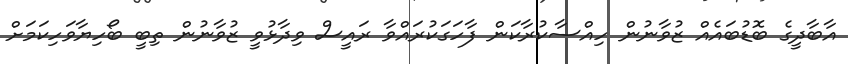
އާބާދީގެ ބޮޑުބައެއް ޒުވާނުން ހިއްސާކުރާކަން ފާހަގަކުރައްވާ ރައީސް ވިދާޅުވީ ޒުވާނުން ތިބީ ބޯހިޔާވަހިކަމަށް